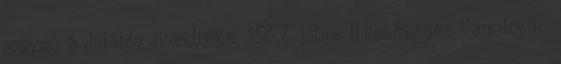
jegyző, a dalárda díszelnöke. 1927. július – Földrengés Várpalotán.